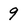
Character: 9